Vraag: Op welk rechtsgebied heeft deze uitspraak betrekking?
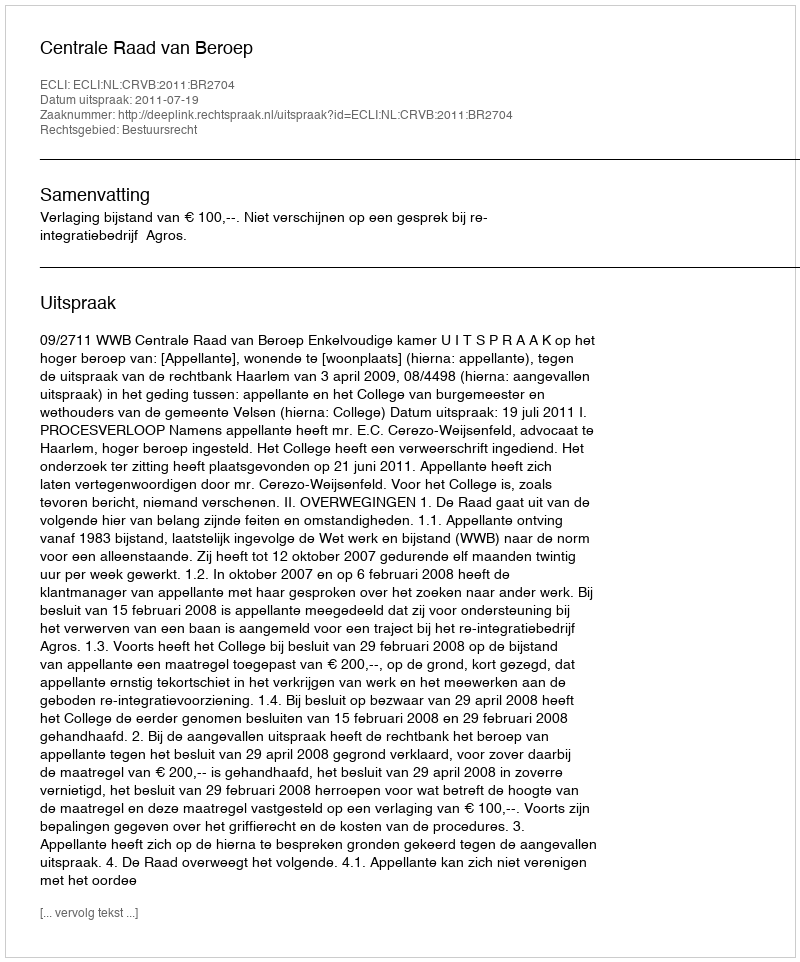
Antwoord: Bestuursrecht